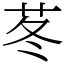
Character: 苳